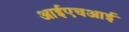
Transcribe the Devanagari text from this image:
आईएचआई